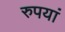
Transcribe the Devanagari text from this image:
रुपयां